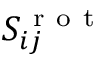
S _ { i j } ^ { \mathrm { ~ r ~ o ~ t ~ } }